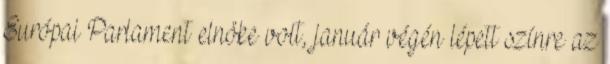
Európai Parlament elnöke volt, január végén lépett színre az